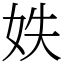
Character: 妷